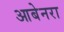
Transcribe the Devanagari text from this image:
आबेनरा